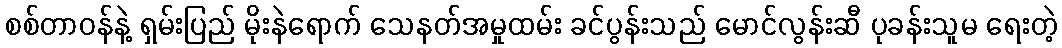
စစ်တာဝန်နဲ့ ရှမ်းပြည် မိုးနဲရောက် သေနတ်အမှုထမ်း ခင်ပွန်းသည် မောင်လွန်းဆီ ပုခန်းသူမ ရေးတဲ့